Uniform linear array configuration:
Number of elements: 12
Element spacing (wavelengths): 0.5
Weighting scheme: cosine
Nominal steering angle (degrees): -45
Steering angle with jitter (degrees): -43.344
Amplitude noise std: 0.05
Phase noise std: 0.05

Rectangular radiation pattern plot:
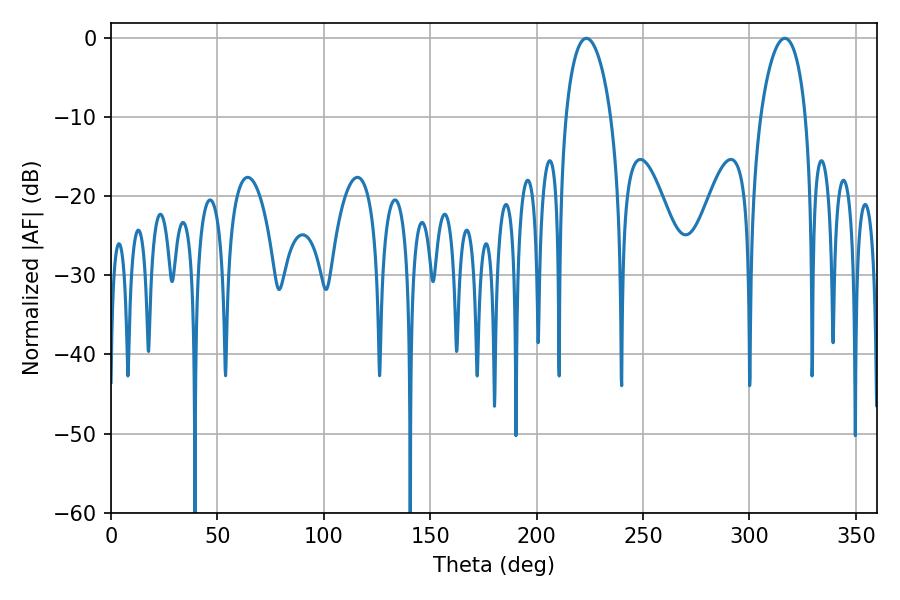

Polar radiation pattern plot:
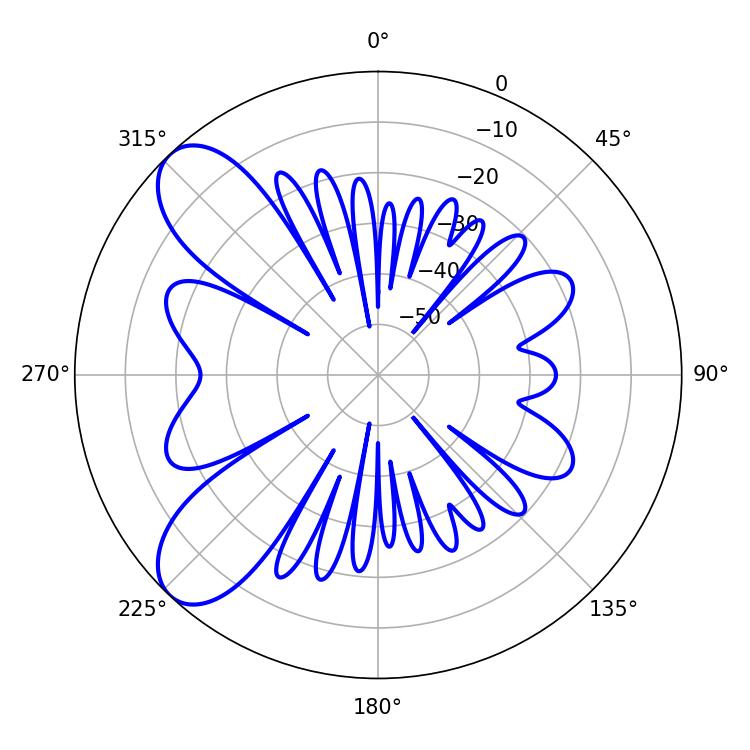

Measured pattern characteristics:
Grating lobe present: FALSE
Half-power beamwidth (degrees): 12.06
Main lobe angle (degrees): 223.38